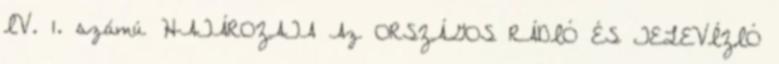
IV. 1. számú HATÁROZATA Az ORSZÁGOS RÁDIÓ ÉS TELEVÍZIÓ